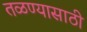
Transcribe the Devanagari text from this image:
तळण्यासाठी